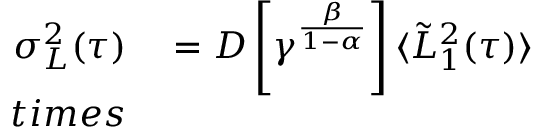
\begin{array} { r l } { \sigma _ { L } ^ { 2 } ( \tau ) } & { { } = D \left[ \gamma ^ { \frac { \beta } { 1 - \alpha } } \right] \langle \tilde { L } _ { 1 } ^ { 2 } ( \tau ) \rangle } \\ { t i m e s } \end{array}